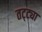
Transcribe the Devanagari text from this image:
तट्ट्या